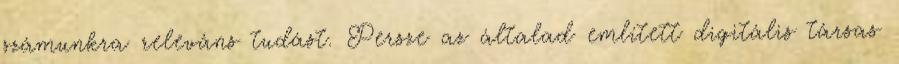
számunkra releváns tudást. Persze az általad említett digitális társas